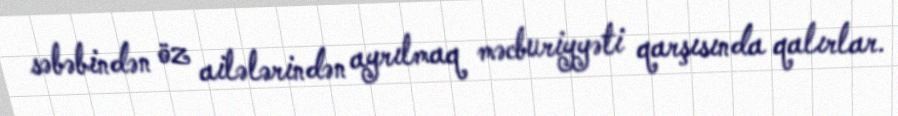
səbəbindən öz ailələrindən ayrılmaq məcburiyyəti qarşısında qalırlar.